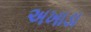
અખાડા